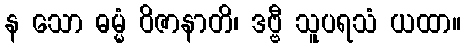
န သော ဓမ္မံ ဝိဇာနာတိ၊ ဒဗ္ဗီ သူပရသံ ယထာ။